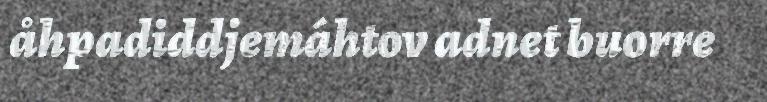
åhpadiddjemáhtov adnet buorre